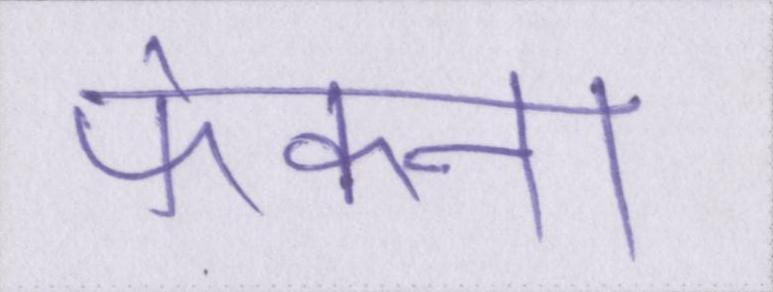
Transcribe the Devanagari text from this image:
फेकना